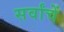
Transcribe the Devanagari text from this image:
सर्वांचें